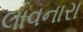
લાવનારા